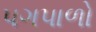
પગપાળો